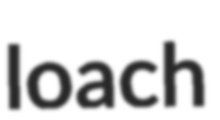
loach